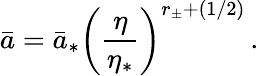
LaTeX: \bar{a}=\bar{a}_{*}\left({\frac{\eta}{\eta_{*}}}\right)^{r_{\pm}+(1/2)}\, .